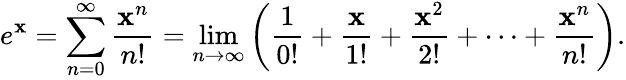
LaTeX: e^{\mathbf{x}}=\sum_{n=0}^{\infty}{\frac{{\mathbf{x}^{n}}}{{n!}}}=\operatorname*{lim}_{n\to\infty}\left({\frac{{1}}{{0!}}}+{\frac{{\mathbf{x}}}{{1!}}}+{\frac{{\mathbf{x}^{2}}}{{2!}}}+\cdots+{\frac{{\mathbf{x}^{n}}}{{n!}}}\right).